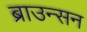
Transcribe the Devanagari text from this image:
ब्राउन्सन